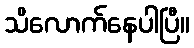
သိလောက်နေပါပြီ။